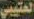
العتيبي